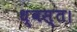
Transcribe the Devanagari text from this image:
ध्वस्त।